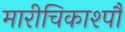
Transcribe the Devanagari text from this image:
मारीचिकाश्पौ